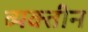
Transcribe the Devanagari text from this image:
व्यक्तीन